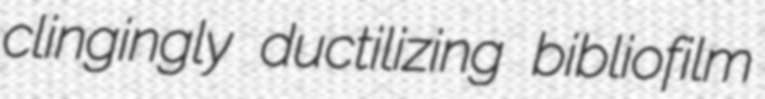
clingingly ductilizing bibliofilm